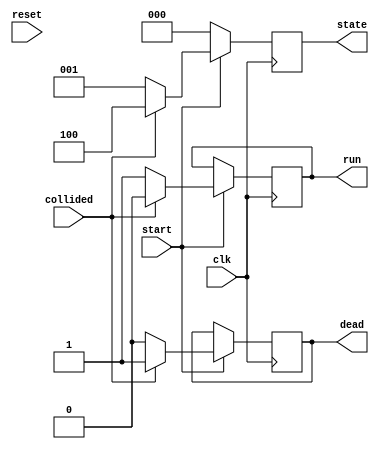
`timescale 1ns / 1ps
//////////////////////////////////////////////////////////////////////////////////
// Company: 
// Engineer: 
// 
// Design Name: 
// Module Name: gameFSM
// Project Name: 
// Target Devices: 
// Tool Versions: 
// Description: 
// 
// Dependencies: 
// 
// Revision:
// Revision 0.01 - File Created
// Additional Comments:
// 
//////////////////////////////////////////////////////////////////////////////////


module gameFSM(
    input clk, //25 mhz clock
    input start,  // from start button
    input collided,
    input reset,
    output reg [2:0]state, //game state
    output reg run,
    output reg dead
    );
    
    always @(posedge clk) begin
        if(start==1'b0) begin
            state<=000;
        end
        else if(collided) begin
            state <= 3'b100; //dead state, this section lights up the collided and dead led and shuts of the run led
            run<=1'b0;
            dead<=1'b1;
        end
        else begin 
            state<= 3'b001;
            run<= 1'b1;
            dead<=1'b0;
        end
//        else begin
//            state <= 3'b000; //running state, the run led is lit up until running, dead and collided leds are off
//            run <=1'b0;
//            dead <=1'b0;
//        end
    end
    
endmodule